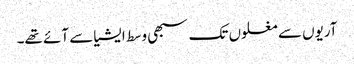
آریوں سے مغلوں تک سبھی وسط ایشیا سے آئے تھے۔